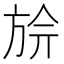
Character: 㫅